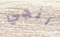
انجي